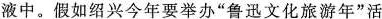
液中。假如绍兴今年要举办”鲁迅文化旅游年”活